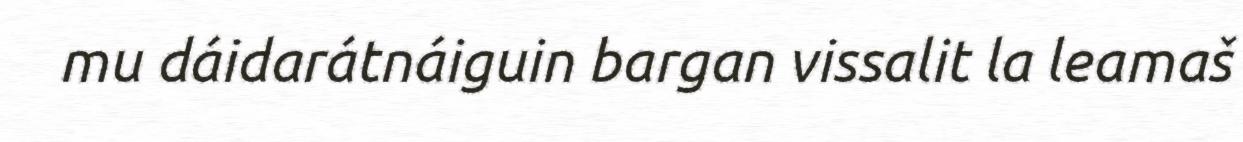
mu dáidarátnáiguin bargan vissalit la leamaš